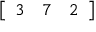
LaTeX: \left[ \begin{array} { l l l } { 3 } & { 7 } & { 2 } \end{array} \right]